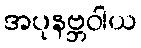
အပုနဗ္ဘဝါယ